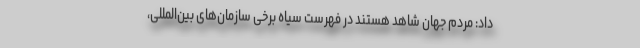
داد: مردم جهان شاهد هستند در فهرست سیاه برخی سازمان‌های بین‌المللی،